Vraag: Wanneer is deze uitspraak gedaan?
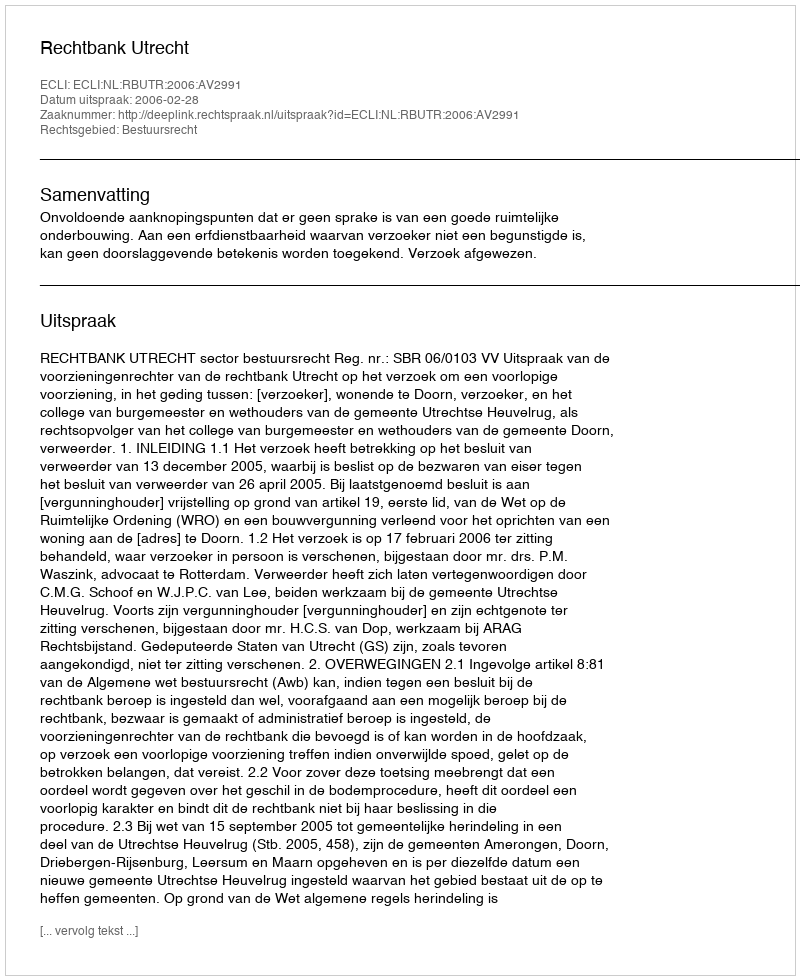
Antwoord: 2006-02-28